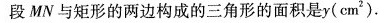
段MN与矩形的两边构成的三角形的面积是y(cm2)。